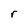
Character: r